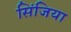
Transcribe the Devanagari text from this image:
सिंजिया